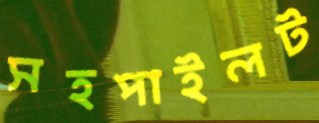
সহপাইলট